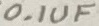
Text: 0.1UF